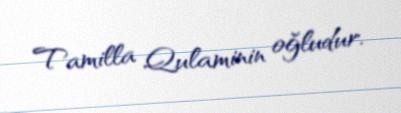
Tamilla Qulaminin oğludur.